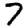
Digit: 7